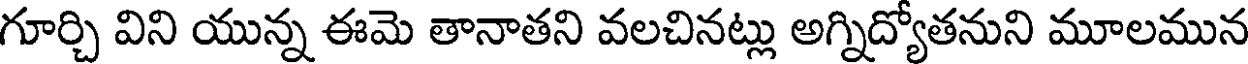
గూర్చి విని యున్న ఈమె తానాతని వలచినట్లు అగ్నిద్యోతనుని మూలమున